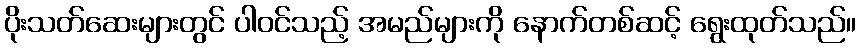
ပိုးသတ်ဆေးများတွင် ပါဝင်သည့် အမည်များကို နောက်တစ်ဆင့် ရွေးထုတ်သည်။